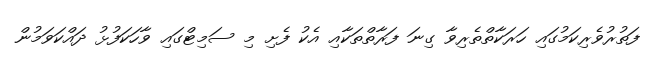
ފަތުރުވެރިކަމުގައި ހަރަކާތްތެރިވާ ގިނަ ފަރާތްތަކާއި އެކު ފެށި މި ސަމިޓްގައި ވާހަކަފުޅު ދައްކަވަމުން